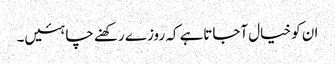
ان کو خیال آجاتاہے کہ روزے رکھنے چاہئیں۔